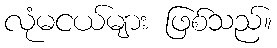
လုံမငယ်များ ဖြစ်သည်။